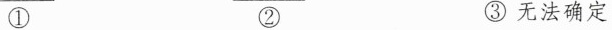
① ② ③无法确定